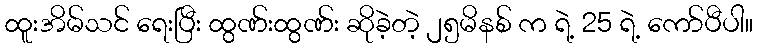
ထူးအိမ်သင် ရေးပြီး ထွဏ်းထွဏ်း ဆိုခဲ့တဲ့ ၂၅မိနစ် က ရဲ့ 25 ရဲ့ ကော်ပီပါ။